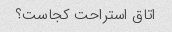
اتاق استراحت کجاست؟